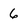
Character: 6